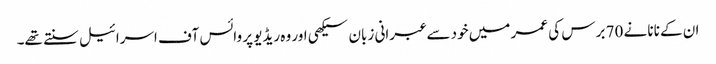
ان کے نانا نے 70 برس کی عمر میں خود سے عبرانی زبان سیکھی اور وہ ریڈیو پر وائس آف اسرائیل سنتے تھے۔